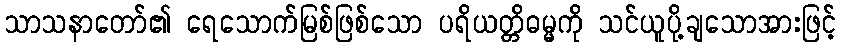
သာသနာတော်၏ ရေသောက်မြစ်ဖြစ်သော ပရိယတ္တိဓမ္မကို သင်ယူပို့ချသောအားဖြင့်